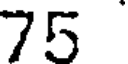
75